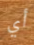
أي